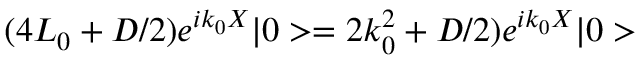
( 4 L _ { 0 } + D / 2 ) e ^ { i k _ { 0 } X } | 0 > = 2 k _ { 0 } ^ { 2 } + D / 2 ) e ^ { i k _ { 0 } X } | 0 >